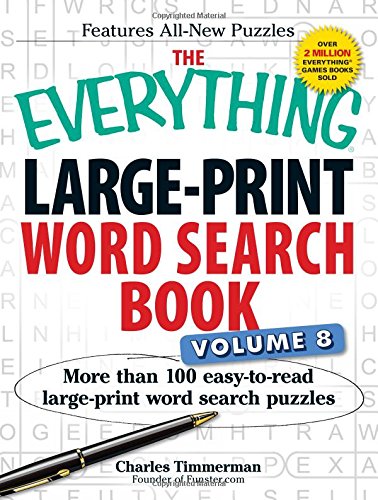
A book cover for The Everything Large-Print Word Search Book, Volume 8: More Than 100 Easy-to-Read Large-Print Word Search Puzzles; Charles Timmerman; Humor & Entertainment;